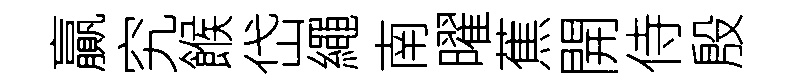
贏究餱岱繩南曜蕉開侍殷